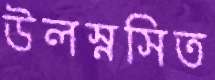
উলস্নসিত